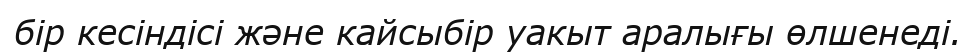
бір кесіндісі және кайсыбір уакыт аралығы өлшенеді.